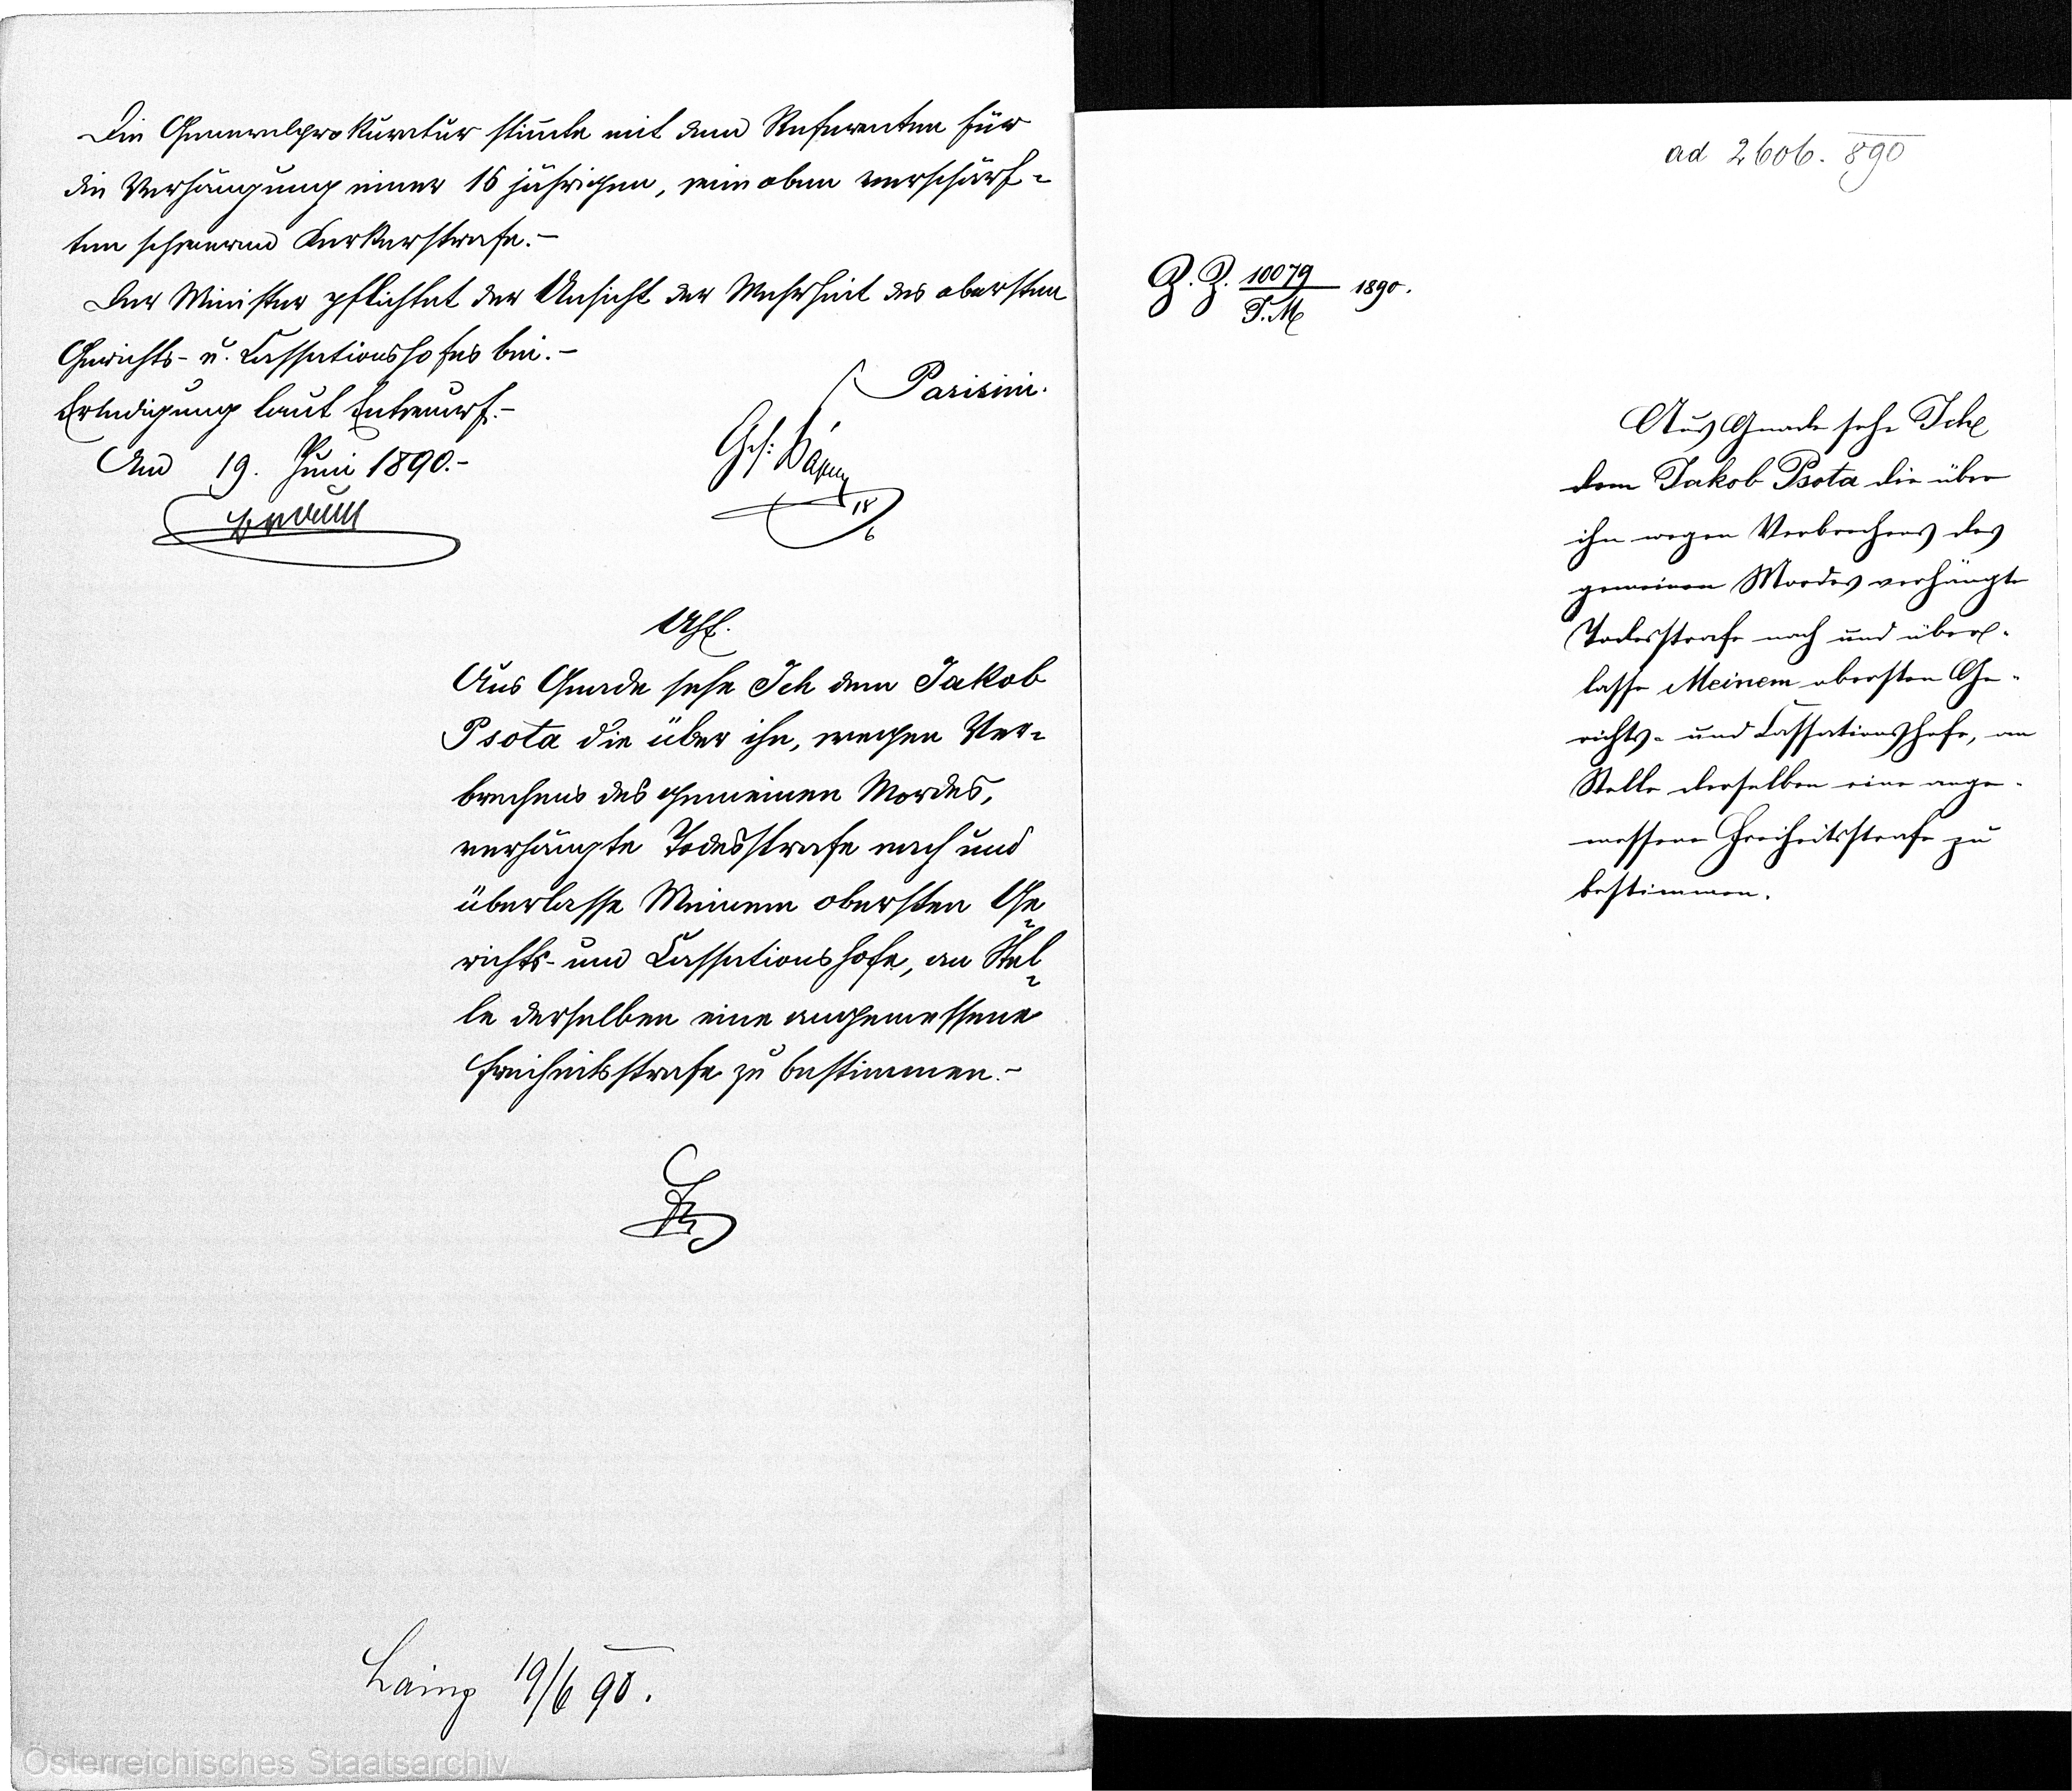
Die Generalpro Kuratur stimmte mit den Referenten für
die Verhängung einer 16 jährigen, wie oben verschärf=
ten schweren Kerkerstrafe. -
Der Minister pflichtet der Ansicht der Mehrheit des obersten
Gerichts - u. Cassationshofes bei. -
Parisini.
Erledigung laut Entwurf. -
Am 19. Juni 1890.-
Ges:
xx
18/6
Ahf.
Aus Gnade sehe Ich dem Jakob
Psota die über ihn, wegen Ver¬
brechens des gemeinen Mordes,
verhängte Todesstrafe nach und
überlasse Meinem obersten Ge¬
richts- und Cassationshofe, an Stel¬
le derselben eine angemessene
Freiheitsstrafe zu bestimmen. -
xx

ad 2606. 890

Z. Z. 10079 1890.
T. M

Aus Gnade sehe Ich
dem Jakob Psota die über
ihn wegen Verbrechens des
gemeinen Mordes verhängte
Todesstrafe nach und über¬
lasse Meinem obersten Ge¬
richts und Cassationshofe, an
Stelle derselben eine ange¬
messene Freiheitsstrafe zu
bestimmen.

Laing 19/6 90.